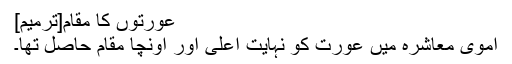
عورتوں کا مقام[ترمیم]
اموی معاشرہ میں عورت کو نہایت اعلیٰ اور اونچا مقام حاصل تھا۔